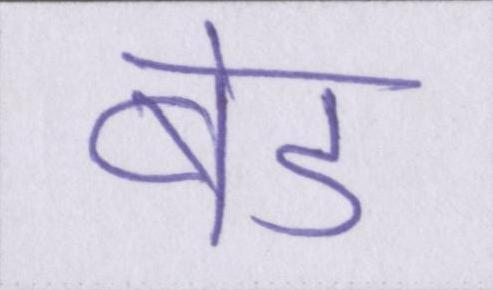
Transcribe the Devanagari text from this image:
बेड